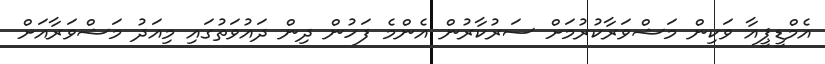
އެމްޑީޕީއާ ވަކިން މަޝްވަރާކުރުމަށް ސަރުކާރުން އެންމެ ފަހުން ދިން ދައުވަތުގައި މިއަދު މަޝްވަރާއަށް